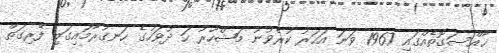
ޚާއްސަގޮތެއްގައި 1967 ވަނަ އަހަރު ކުރެވުނު މަޝްހޫރު ހަ ދުވަހުގެ ހަނގުރާމައިގައި ފޭރިގަތް